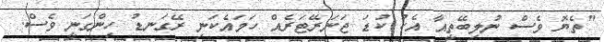
"ތެޔޮ ވެސް ނުލިބޭތީއާ އެކު ކުޑަ ޖަނަރޭޓަރެއް ހަމައެކަނި ރޭގަނޑު ހިންގަނީ ވެސް.